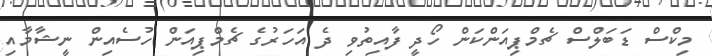
މިކްސް ޑަބަލްސް ޗެމްޕިއަންކަން ހޯދީ ފާއިތުވި ދެ އަހަރުގެ ޗެމްޕިއަން ހުސެއިން ނީޝާމާއި